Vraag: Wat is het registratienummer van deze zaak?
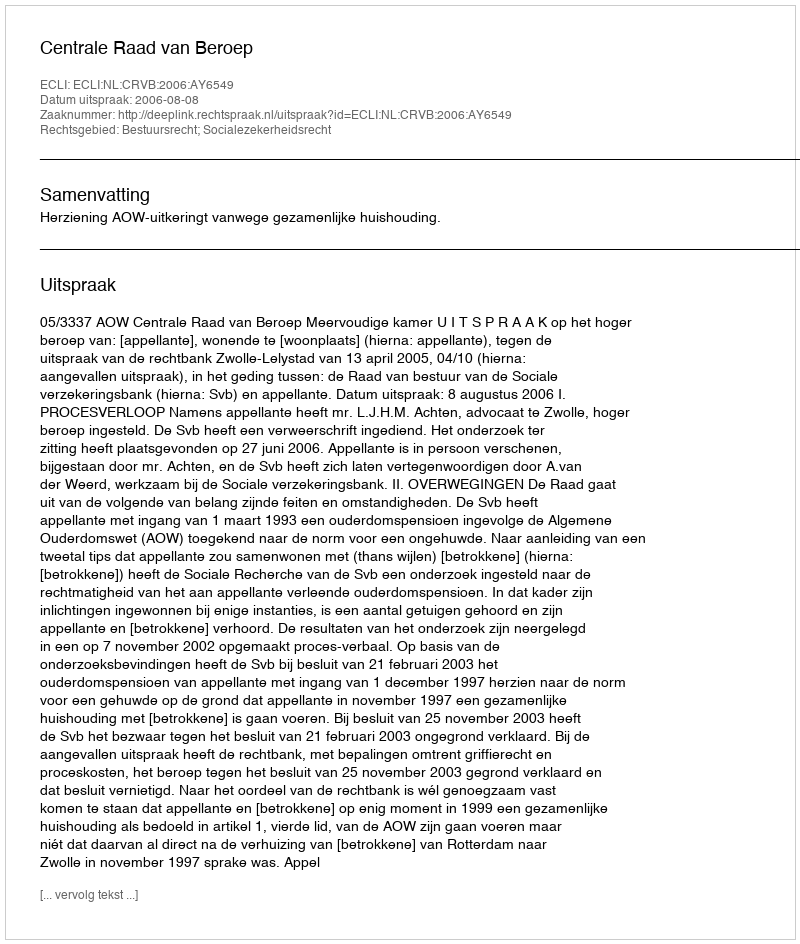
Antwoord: http://deeplink.rechtspraak.nl/uitspraak?id=ECLI:NL:CRVB:2006:AY6549